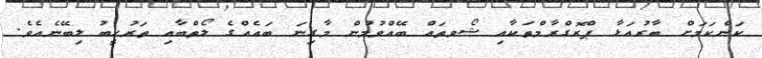
ކަންކަމަށް ބާރުއަޅާ ޕްރޮގްރާމްތަކާއި ޝޯވތައް ބޭއްވުމުން މާގިނަ ބައެއްގެ ލޯތްބާއި ތަރުޙީބު ލިބޭނެއެވެ.